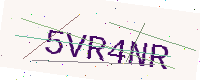
Text: 5VR4NR